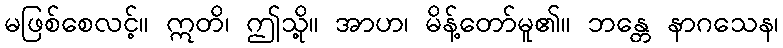
မဖြစ်စေလင့်။ ဣတိ၊ ဤသို့။ အာဟ၊ မိန့်တော်မူ၏။ ဘန္တေ နာဂသေန၊